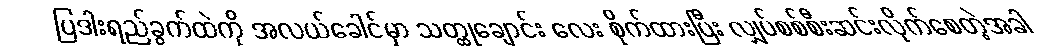
ပြဒါးရည်ခွက်ထဲကို အလယ်ခေါင်မှာ သတ္ထုချောင်း လေး စိုက်ထားပြီး လျှပ်စစ်စီးဆင်းလိုက်စေတဲ့အခါ